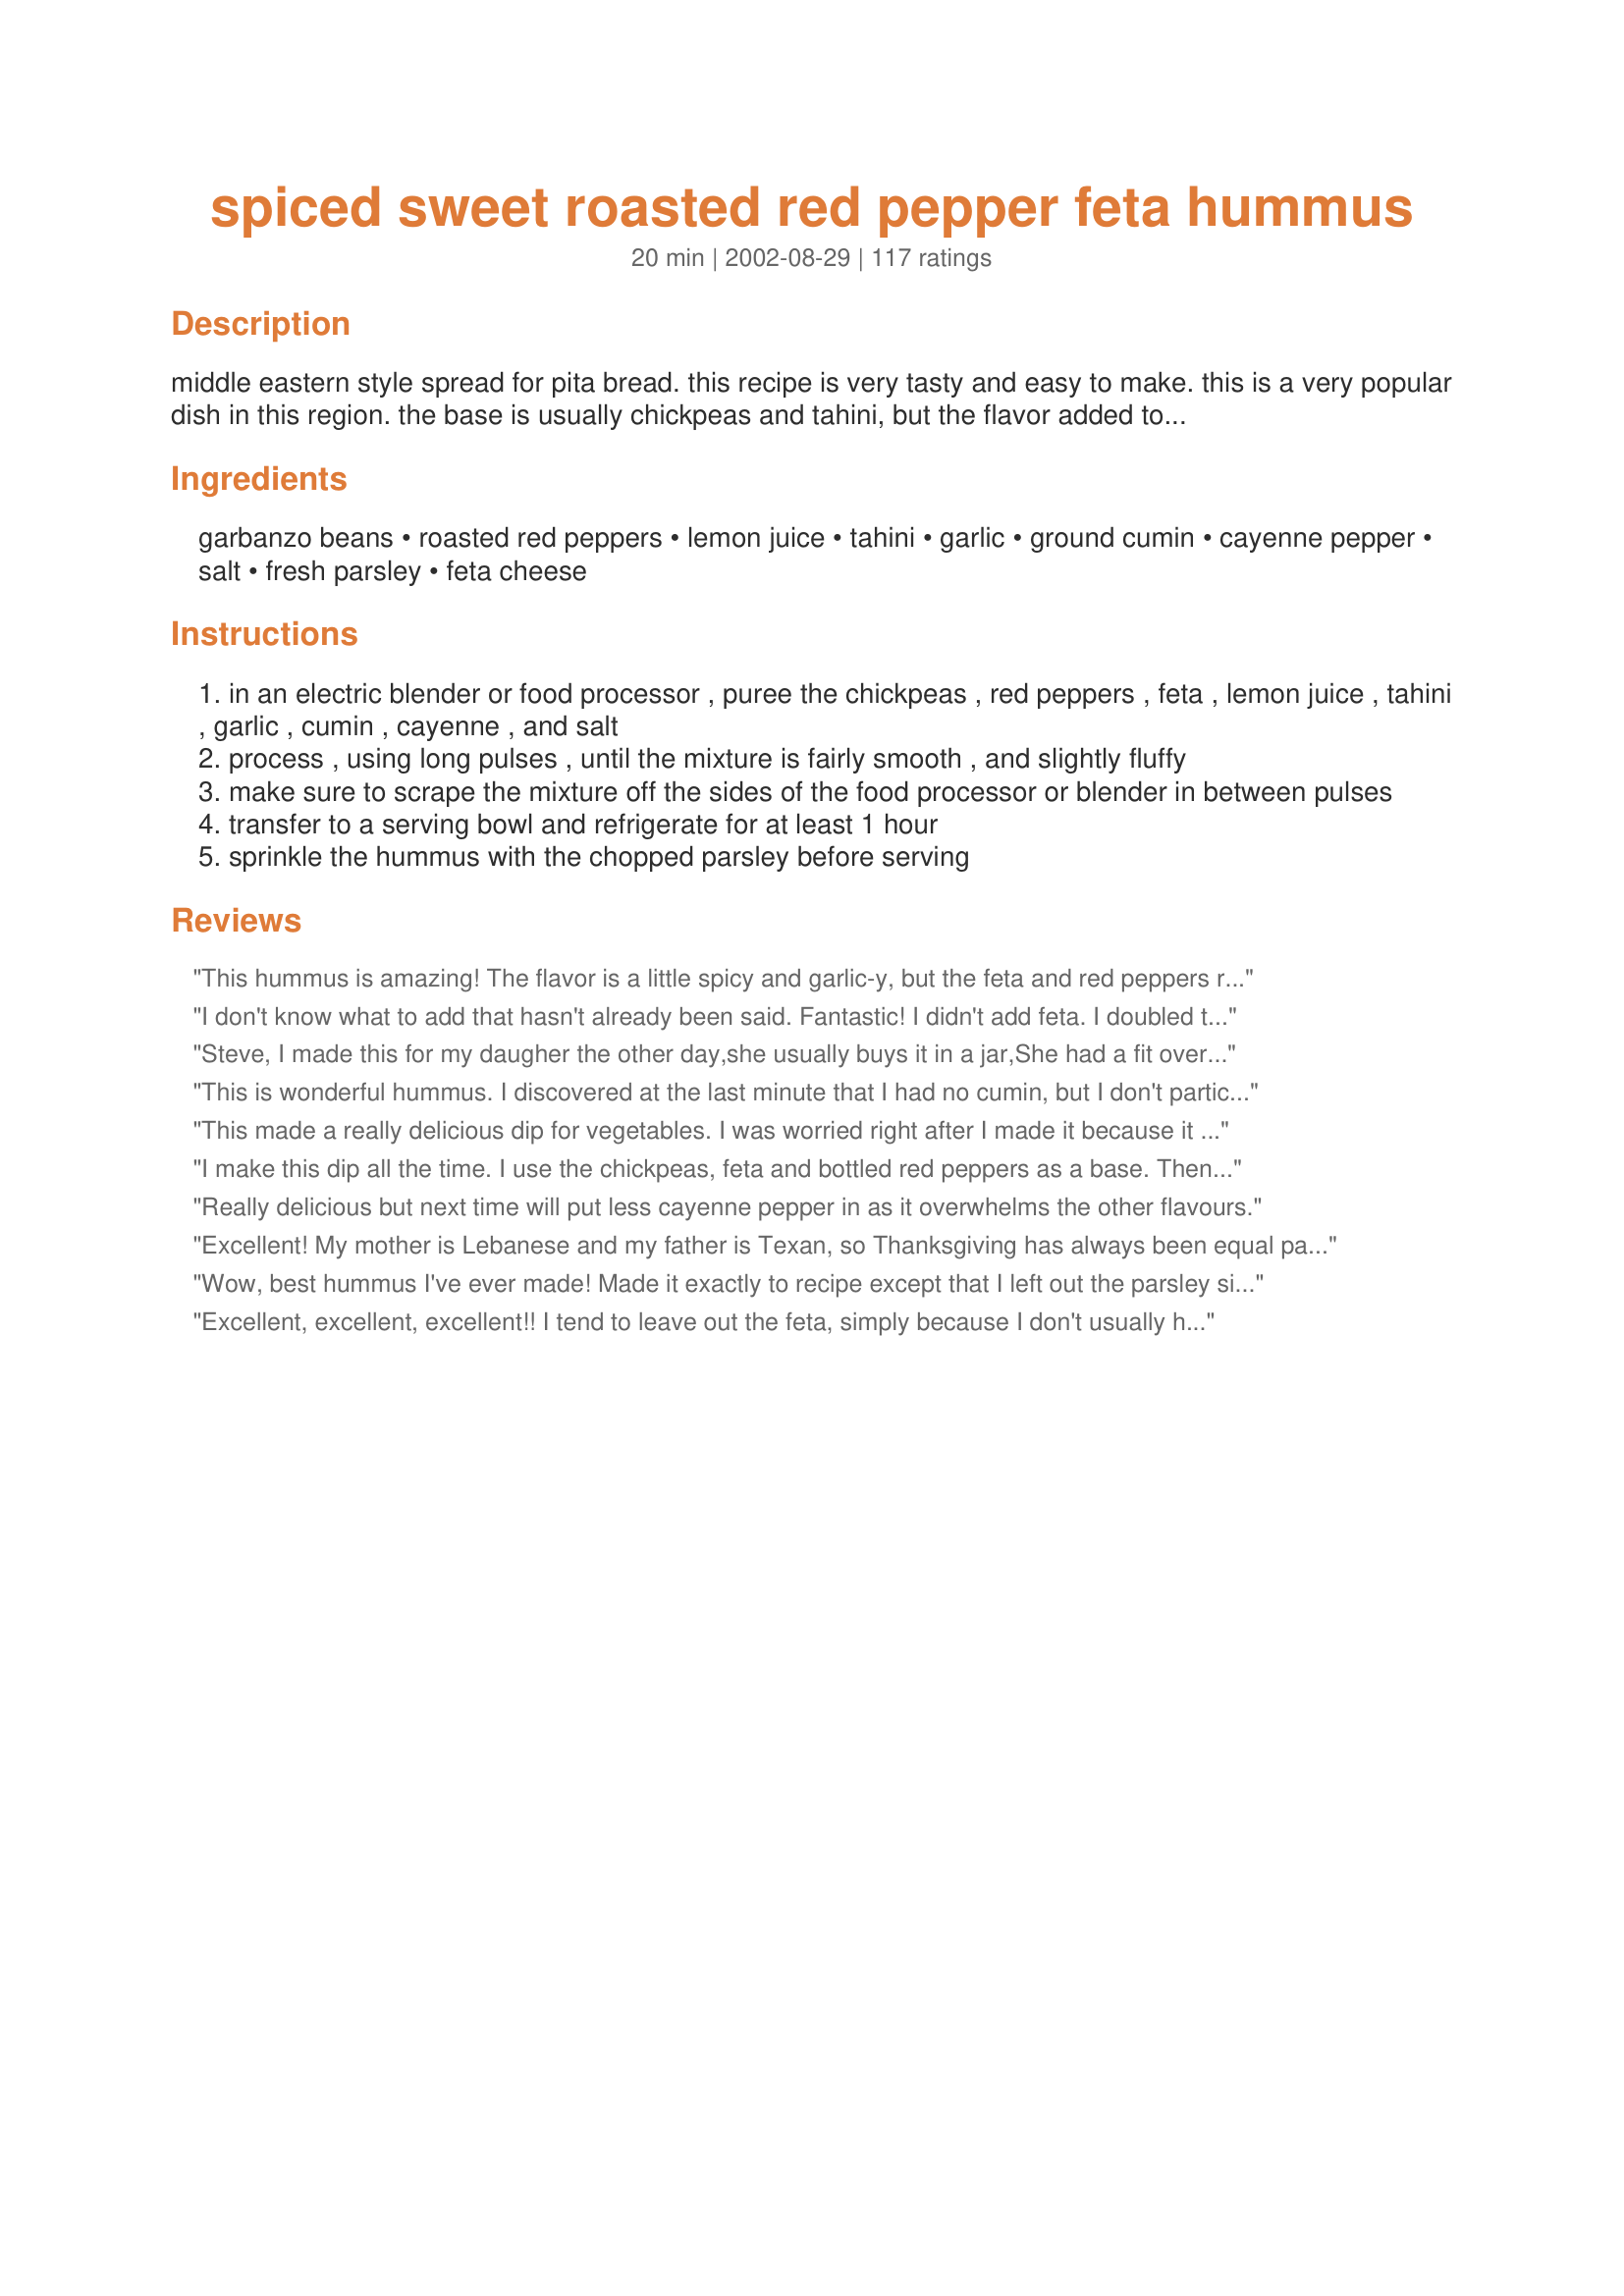
spiced sweet roasted red pepper feta hummus
Preparation time: 20 minutes

middle eastern style spread for pita bread. this recipe is very tasty and easy to make. this is a very popular dish in this region. the base is usually chickpeas and tahini, but the flavor added to the base vary widely from one chef to the next. tahini is a sesame paste, you can usually find it in the mediterranean section of your grocery store.

Ingredients:
garbanzo beans, roasted red peppers, lemon juice, tahini, garlic, ground cumin, cayenne pepper, salt, fresh parsley, feta cheese

Steps:
in an electric blender or food processor , puree the chickpeas , red peppers , feta , lemon juice , tahini , garlic , cumin , cayenne , and salt
process , using long pulses , until the mixture is fairly smooth , and slightly fluffy
make sure to scrape the mixture off the sides of the food processor or blender in between pulses
transfer to a serving bowl and refrigerate for at least 1 hour
sprinkle the hummus with the chopped parsley before serving

Reviews:
This hummus is amazing! The flavor is a little spicy and garlic-y, but the feta and red peppers really stand out. If you're looking for a traditional hummus with a lot of chickpea flavor, this isn't it. But for me it was great!! Worked really well as a spread on sandwiches too! I'll never get store-bought hummus again.
I don't know what to add that hasn't already been said. Fantastic! I didn't add feta. I doubled the recipe but not the lemon juice. I roasted my own red peppers. I had to ration it out so that there will be some left for me!!!
Steve,
 I made this for my daugher the other day,she usually buys it in a jar,She had a fit over it,Said it was Great!!
I am not a fan of Hummus,but she sure loves it,I will make it for her again,It is very easy to make.Paula thanks you for this Great Recipe.Me Too.
Darlene Summers
This is wonderful hummus. I discovered at the last minute that I had no cumin, but I don't particularly like it so I didn't miss it at all. I also used a little of the juice from the chickpeas to smooth it out a little and help my blender along. This is such a great snack with store bought or homemade whole wheat pitas. Thanks for helping me make it at home instead driving to the store across town to buy the yucky store-bought stuff!
This made a really delicious dip for vegetables. I was worried right after I made it because it was very thin and a bit runny, but it firmed up very nicely by dinner time six hours later.
I make this dip all the time. I use the chickpeas, feta and bottled red peppers as a base. Then, I add what I have (salad dressing, lime juice, etc.). All of the other ingredients add something special but are not a deal breaker. It makes a great dip for sliced fresh vegetables (crunchy lettuce, carrots, cucumbers, zucchini, broccoli). I hardly ever get the pita bread. I just use fresh bread or bagels. Even though none of us is a big fan of feta, most of the kids like it (and I LOVE it).
Really delicious but next time will put less cayenne pepper in as it overwhelms the other flavours.
Excellent! My mother is Lebanese and my father is Texan, so Thanksgiving has always been equal parts East-meets-West. This year, my fiance and I had our first Thanksgiving at our new home in Ohio and this was a big hit. We added a couple more pinches of cayenne and a dash of the red pepper juice to add a little more southwestern zing.
Wow, best hummus I've ever made! Made it exactly to recipe except that I left out the parsley since I was out and only used about half the amount of feta. Very tasty!
Excellent, excellent, excellent!! I tend to leave out the feta, simply because I don't usually have it on hand. The taste is identical to what I buy at my local market, and it's SO much more economical to make it myself. Thanks, 1Steve, for a fantastic recipe!
really really good. It was pretty spicy so I might us a little less cayenne next time but I still loved it.
Boy, is this ever good! I made it as is (I did roast my own peppers, however) and, what I didn't eat straight from the bowl by the spoonfuls, I combined with avocado and greens and stuffed in a tandoori naan. Yum, yum, yum!
Quick and easy and so tasty. Made just as written with perfect results. Delicious with kalamata olives. Thanks for sharing!
really yummy, a bit spicy at first, but after sitting the fridge for a day, the flavour is better, and it's not so spicy. I expected to taste the feta a bit more, so maybe next time I'll add more.
one excellent dip, played around with the amount of garlic, cayenne, and feta the few times I've made it. A real hit and crowd pleaser.
Fantastic! I'm going to make it again. I used a 12 oz. jar of peppers, and I also scraped the blakened skin off of before blending
This is the most tasty hummus I've ever had. So wonderful with fresh veggies. I reserved the liquid from the garbanzo beans to add while blending to make a bit more smoothe. Did not have tahini on hand and it still turned out great.
This is a totally excellent recipe! I made 2 subs for my own preference. I used 1/2 head of roasted garlic instead of raw and split the pepper between cayenne and Ancho Chile Pepper powder. &lt;br/&gt;&lt;br/&gt;I agree that this was the best hummus I have ever had (or made)! Thanks, Steve
I can't believe that I haven't rated this yet as I have made this so many times! I just made again for a Christmas church get-together and everyone raved AND asked for the recipe. I love almost all hummus recipes but this one is quite unusual and so very good. Who doesn't like feta cheese and roasted red pepper? Thank you so much for posting such a winner!
This is a pretty yummy dip although I did expect it to be yummier than it is. The real winner for me was that my DH who hates hummus loved this and told me to give it 5 stars. I had to add more lemon and a bit of water and it seemed to me to be lacking something to make it really special. thanks for posting, I'll be making it many more times
BAR NONE.....THE BEST HUMMUS WE'VE EVER TASTED!!!!
I made this for a Pampered Chef party and 3 out of 4 people didn't like it. I followed the directions to a "T." I'm not sure what to recommend to help it, but using less tahini and more garlic (another clover or two) may help, because when I've done that with other hummus recipes, everyone raves.
Awesome - rave reviews at work Hallowe'en nite. Emailing the recipe pronto to co-workers
Made this today (Thurs.) to take to a get together on Saturday, will probabley have to make another one befor Sat.I love Hummus and I love Red pepper dip, so this is a keeper in this house.
I found it very easy to make, next time Imay cut back a little on the cayenne if i'm making it for a variety of people. I love hot but I know some of my friends don't, but its an excellent recipe.
Thank you.
My teenage son has made this several times for get-togethers with friends. It's fast, easy and the wonderful flavor hands-down beats any of the pricey gourmet offerings at the grocery. Everyone raves about it, which makes him very happy!
This is really good! It tastes even better after a week or so to let the flavors develop. Wow, I wish I hadn't eaten all of it. I'm craving some more now. WILL MAKE IT AGAIN!
This really is a great recipe. Everytime I make this I get several compliments.
I've made a few different hummus recipes in the past, generally with good results. This one is hands-down the best, though. The subtle combination of all the different flavors is awesome. I added a little fresh parsley, basil and oregano to the food processor, and I used only half of the recommended amount of cayenne -- it was plenty spicy. I also roasted my own bell pepper and put in about a tablespoon of olive oil.
This is a great vegetarian appetizer. I never have roasted red peppers in a jar, so I just slice up 1 red pepper, drizzle with olive oil and pop it in the toaster oven to bake instead. I also use twice the garlic and leave out the feta. Also, I drizzle some olive oil over before serving - it looks good, and adds some moisture to the hummus. This is such a healthy snack and everyone always finishes the bowl.
This was an excellent hummus. Very flavorful, and very easy to prepare. I brought it to a dinner party last night, seved with toasted bagel chips, and received many compliments. I thought the proportions of cayenne and cumin were perfect and did not find it to be very spicy. However, a few people commented (positively) on the spiciness, which I really hadn't noticed, so if you are serving guests with a sensitive palate, you might want to cut back a little on the cayenne. I, however, will continue making it as posted. Thanks for a keeper, Steve!
This hummus is legit!! First time making it and it came out awesome will totally make again!
What a great hummus recipe! I made this for a Halloween Party I am going to and the color is perfect! Going to serve with some Whole Wheat Pita Chips....Love it!
This is quick and tastes great.
&quot;No more boring ol&#039; store bought hummus for me. This one blows them all out of the water. I will admit if you don&#039;t like it spicy you should cut down the cayenne a little bit but either way it is amazing. Thanks!!!&quot;
WOW! I love when something healthy has such huge flavor. This is such a great way to spice up a platter of veggies, and it's a great replacement for guacamole (I had some on tortilla chips and it was awesome!). Thanks for posting - I will make this many times! :-)
Loved this hummus. I used freshly cooked garbanzo beans and freshly roasted red peppers. Wow! great flavor. Served with freshly made Recipe #17977, Recipe #225125, and Recipe #72814.
Mixed this all together and made in batches with my faux "magic bullet." I have never made hummus before and I am sold! Would give more stars if I could!
This was fantastic. I served it with homemade garlic pita toasts, and everyone at my house loved it. What's great about this hummus, is that there is no oil being used, which is rare. Thank you for sharing this wonderful recipe.
Super easy and yummy. I used peanutbutter instead of tahini. Worked great. Thanks for posting.
First time making hummus. Delish! I did use Tahini substitute also - did not have a jar of roasted red pepper so I subbed minced red pepper and some sun-dried tomatoes. Thanks so much!
Delicious! I had to make a few substitutions - I didn't have tahini so I subbed 3 parts creamy peanut butter and 1 part sesame oil. Also didn't have cayenne pepper so I used red pepper flakes. I ended up chopping the parsley and mixing in with the rest of the ingredients. Soooo fabulous! I've been eating it with everything from veggies, pita bread, pretzel sticks..... whatever I can get my hands on.
Simply the best hummus I&#039;ve tried. Keep this one. It&#039;s spoon licking good!
I don&#039;t know where you got this recipe but this is not an original Turkish food. It doesn&#039;t mean of you find this food somewhere in Turkey that this is Turkish Food. Besides, in Turkey there are several cultures and those have their own traditional foods. Try to learn more about what is a real Turkish food.
This is excellent. It has a kick to it which makes it an excellent 'adult' hummus but not so great for preschoolers. ;)
Very easy to make and it tasted wonderful! I made it to take to a Christmas get-together at work and didn't bring very much back home. I intend to make this more often just to have at home.
ABSOLUTELY AMAZING!!! Followed the recipe to a T. I made it the night before and served it with pita bread. To re-moist I drizzled a little olive oil. Feta cheese was fresh from my local Mediterranean store, and for peppers I used Rao's Homemade Sun Dried Peppers - bought it in Kings, pretty expensive $8.99 for a 10 oz jar but well worth it. The colour, texture and taste was great. Definitely recommend it for an appetizer, any Middle Eastern/Mediterranean themed get together and as a source of protein if you are on a weight loss program. I don't recommend using fat free feta, wouldn't work well with the taste and texture factures. Steve1 thank you loads for a great recipe!!!!
Very very good. Almost everyone who tried this really loved it. I made it the first time and I think it was a little strong on the cumin, so when I made it for a party I doubled it and ended up using about 3/4 teaspoon cumin and about about 3/4 teaspoon cayenne (instead of using a full teaspoon of each as it would have been if I doubled it.) Turned out perfect. You may need a little more lemon juice to get the consistency you want as the feta seems to thicken it up quite a bit. Overall it is a great taste. Thanks for the recipe.
Excellent! Made without feta because we're vegan and I didn't feel like making fake feta.
Great stuff!!!!
This is a great recipe. It has become a staple in my refrigerator. We used to always buy hummus and boy is it expensive. I got a food processor for Christmas and said fooey on paying all that money for prepared hummus. I found this recipe and we are hooked. It takes about five minutes to fix if you have a food processor. The longest part of preparation is pulling the ingredients off of your shelf, opening the cans and measuring. The food processor whips it together in just a couple of minutes. Thanks!!!
Fantabulous! Didn't realize Garbanzo beans and Chickpeas are the same thing. I added a tbsp of crushed red pepper flakes for some heat.
I needed to make a few substitutions: dry parsley flakes (1 tsp.) instead of fresh parsley; gorgonzola cheese instead of feta. This was AWESOME!!! Even hubby who doesn't like Hummus said it was great! I might cut back a bit on the cayenne - personal preference. Thanks for a keeper!
Amazing! So much better than any other hummus recipe. I like to leave a few chunks in mine for a bit of texture.
I thought that this hummus was great! I like my dips spicy, so next time, I think I may add a bit more cayenne pepper.
I'm not usually a big hummus fan but decided to try this recipe out for a potluck - it's the best hummus I've ever eaten! Even my kids took some to school for snacktime and my husband has laid claim to some for work tonight. It's a good thing we made a double batch! The only thing I might change next time would be to increase the amount of cayenne but that's only because we like spicy food (it does have a mild heat as is).
Oh man! I will be making this one again and again.

What wonderful texture and taste - the cayenne and garlic give it a great bite and the roasted bell pepper contrasts it with just a hint of sweetness. Scooped with some toasted whole wheat pita triangles and you've got a winner. Thanks Steve! :)
Umm.. this was delicious, I should know, I think I ate the entire dip myself! It is fantastic with some toasted pieces of pita bread. Ah so good! Thanks for posting 1steve
OH MAN!!!!!! This is GOOOOD!!!!! I will be making this from now till the end of TIME! Thanks for a yummmy recipe 1Steve.
Excellent! And two other colleagues who tried it thought the same.
This is just incredible. I didn't add any feta as we didn't have any in the house and roasted one large red pepper that we added in place of the jarred red peppers. We all loved it and our 3 year old who loves hummus, said this was her favorite ever, I have to agree.
This is amazing-better than store bought. I roasted my own red peppers and the flavor was perfect, thank you!
I am not a fan hummus. But THIS was good! Tasted like nacho cheese dip to me, pretty spicy.
This hummus is SO good. I put it out at a bridal shower with a lot of people who are not so into ethnic food, you could say. Even so, people who tried it loved it. I always leave out the cheese to make it vegan and it still tastes great.
I made this several days in advance for a halloween party (I thought the color would work well, which it did!) Everyone commented on how very good the flavors all worked so well together. We loved it and will be using is as a good stand by hummus recipe from now own.
If you like hummus, this is a really good recipe.
Very tasty, unique, and had a tiny bit of bite but not enough to eclipse the flavor of the beans and tahini.
wow ! what a find! this was the hit of the pot luck party. people spread this even on their sandwiches. i serves it with Pita bread. I would not change a thing with this receipe
in 1 hour it was all gone. Thank you !
divine! it was gone WITHIN THE DAY! i thinned mine a bit with a splash of broth and a few teaspoons of greek yogurt. i have tried LITERALLY every store-bought hummus on the shelves. this recipe blows them all faaaar out of the water. thank you, so much!
Steve, thanks so much for this recipe! I hope it won't upset you, but I didn't have any feta, and just couldn't wait to have this, so I left it out. I added a splash of lime juice, and oh my God, it's fantastic even without the feta! I wanted to say that in case someone wanted to make it and didn't have the cheese on hand. What a fresh, delicious flavor. And how easy is it to just toss it all in the blender? Thanks again for sharing it, Steve, it's perfect. :)
I couldn't find tahini anywhere, so I added peanut butter instead. Probably could have gone without it altogether. Also had to substitute hot sauce (1/2 to 1 tsp to taste) for the cayenne, as I didn't have any. This is a WONDERFUL hummus, and I will make it again and again! It was equally delicious a week after I made it! Just love that hostess-saver, the make-ahead component! Thanks for a classic keeper, 1Steve!
I make this ALL the time. Yesterday I saw a woman in the grocery store in the "hummus" section and wanted so badly to share this recipe with her. To free her from having to buy expensive, low quality hummus!
SOOOO DELICIOUS! This is my second time making hummus and this recipe was amazing! I loved it with the pita chips and it tasted fine without the feta cheese as Buglet's Mom mentioned. Will make again. I'm so excited to add this to my personal favs!
So, so, so, so good! Just the right amount of kick. I added a small amount of olive oil as I was processing everything to thin out the consistency.
I made a batch tonight, thinking that I would eat it later or tomorrow with some tortilla chips. As soon as I made it and my husband and I tasted it, we ate it right away! All of it! The only thing I changed was I added a little salt, olive oil, and replaced the tahini with sesame seed oil. Best recipe for roasted red pepper hummus ever! My only regret was not making a triple batch!
Great taste, easy to make, and ever so popular. Store brought hunmmus, does'nt even come close. Love the addition and taste of Feta cheese
I made this using my blender, so it took a little longer. I gradually added about a third cup of the chickpea brine to get a good consistency. It got rave reviews!
I've had this in my cookbook forever, and now I wonder why it took me so long to make it. This is great, as I always have these ingredients in my fridge or pantry, so I will be making this hommus+ dip again and again.
Excellent, didn't change anything. Made it exactly to directions.
I made it for friends going on a long road trip, so it was perfect to snack on. Sent some veggies and (to make it simple pita chips). Easy and great!
Definitely make this again. I've made my own in the past, but this was just a nice combination of flavors.
Thx again, Kim
I really LOVED this! I'll be making tons of this great dip. Thanks so much for posting.
I made this as an appetizer for a Mediteranean-themed dinner party and everyone just raved about it. The perfect combination of creaminess, tangy-ness and full rich flavour with just a bit of bite.
Yum yum YUM! Used this in #35625 "Layered Hummus Dip" and it came out FABULOUS! Thanks!
Thanks for a great recipe Steve. A friend made it and gave us a sample. Will have to make a batch of my own very soon.
Loved it!! I only had sun-dried red peppers on hand but other than that followed recipe 100%. Will make this often, a nice change from regular hummus....and a beautiful color.
Excellent. Usually I prefer the plain chickpea, tahini, garlic and lemon hummus. This lovely recipe retains the bright flavour of the plainer version, but with added depth and complexity. I used fresh cooked chickpeas and home roasted peppers. I also replaced the cayenne with a squeeze of harissa from the tube as it's flavour seems to blend in quicker, while cayenne benefits from a bit of standing time, which I didn't have. Liked by all I have fed it to, including those who don't usually enjoy feta. Thank you 1Steve.
This was awesome. You can really taste the cheese. Watch how much cayenne you add. I tend to go by shakes rather than spoons, and it gets hot pretty fast, and we like spicy food. I forgot to get pitas, so I just used Wheat Thins, Triscuits, and carrots.
What a great recipe! I just finished making it and and it is fabulous. I did cut back on the cayenne because my two-year old loves hummus and I didn't want it to be too spicy for her to enjoy, and it came out perfectly. There is a little bit of a bite, but not too hot. As soon as she tasted it she asked me to give her some more, 'in a bowl with a spoon'! Clearly, it was a hit. I also added just a little more lemon juice to thin out the texture just a little and give it a little more kick, but that is just a personal preference. Thanks for a great recipe!
Geat recipe!!! I have learned to also add about a tablespoon or so of plain yogurt to the recipe as sometimes it is too thick, especially right out of the fridge.
I love this! I finally broke down and bought a bottle of tahini; I always balked at the cost considering I'd use so little of it for homemade hummus. But I now see it is worth the price because I will make this OFTEN! I'm making my second batch tonight! I only used 1/4 tsp cayenne because I don't like things too hot. Thank you for posting; I've been using it on my turkey sandwiches with lettuce!
Will never buy store-bought hummus ever again. If I could give it 10 stars, I would. The second time I made this, I left out the feta to cut out some fat and it tasted just as wonderful.
Truly a five star recipe! I have tried many hummus recipes, and this has become the favorite in my home! I leave out the cayenne (boyfriend does not like spicy foods), but otherwise follow the recipe to a T. This is perfection, try it now! Thanks for sharing!
We loved this and wished we had made a double batch. I think that next time I make it I will use a little less lemon juice because I think the feta and lemon juice make it a little too tangy. It was still great and look forward to trying it with fresh parsley instead of dried. Thanks for a keeper that we will be making again and again.
I doubled this for a small gathering of friends, thinking I'd have leftovers. Instead, seven of us huddled around the bowl and DEMOLISHED it. One of my friend's exact words: "Oh my god! This is BEST dip thing EVER!" (Served with Recipe #51116, by the way... also delicious!) Thank you for this!
DH loved this. Made homemade pita chips in the T-fal Actifry. Awesome!
So this wasn't bad, but I can't say it's great. Perhaps I'm a bit biased since I really prefer real Middle Eastern, Arab style hummus and this is more of a Greek flavor, and not the best I've had at that. So it's okay...a nice dip, but I wouldn't say it's a great hummus.
The best hummus I have EVER made in my life! A LITTLE bit of kick and tons of flavor.
Easy to make and tastes terrific.
We didn't have any feta in the house and substituted gorgonzola cheese. Wow ... nice flavor.
Very good! I didn't have any Tahini paste so I just put a tablespoon of toasted sesame oil in instead. I think it worked just fine. Thanks for posting!
I thought this was a great hummus. It took some searching to find the roasted red peppers. I finally found them near the olives and pickles. I added extra cayenne but that made it almost too spicy. I think this will make a great party dip! Can't wait to make it for more than just hubby and me. I love it that it's a gourmet sounding dish that's sooo easy.
Wow!!! This is a great combination of flavors!!!! I drained my peppers (I used pickled type) and ended up adding a little more lemon juice. I think I should have put the peppers in without draining. Then DH added some Frank&#039;s Hot sauce and they were both great additions. We are heading to SD for Thanksgiving and this will be among the goodies that go with :) Thanks for sharing!!! This will definitely be one of my favorite go to&#039;s for &quot;Bring to share&quot; gatherings!!!!
Just a divine dip. I liked the garlic and heat from the cayenne pepper. It was nice and spicy but not to hot. I blended this in the electric blender; therefore it took me a little longer to make. Next time, and there will definitely be a next time, I will blend this little treasure in the food processor. By the way, I took this to work for a morning tea and my fellow staff members thought I had bought the dip from a deli because it tasted so good. Thanks for posting.
I love the spicy finish on this hummus. As far as I am concerned, the mix of flavours is perfect. However, if you are not a fan of spicy food, you may want to reduce the cayenne pepper. Since trying this recipe, I have tried two other hummus recipes with roasted red pepper- this one is the best by far.
This was great! I followed the recipe exactly and made it in my Magic Bullet. The amount of ingredients fit PERFECTLY into the tall cup. I ended up adding more minced garlic than the recipe calls for, but that's just a personal preference. Thanks for such an easy delicious recipe!
I remember that I was not very impressed the first time I tried hummus. Perhaps I would have been if this is what I had been served. I love this recipe. Yum. Yum. Yum. I have made it several times in the last month. Gone are the days of my youth when I munched on a processed food snack like Doritos. This with tortilla chips is my new favorite snack. One more step into adult food world. Thanks!
Excellent recipe
My first attempt at homemade hummus and I'm sold. Can't wait to make it for friends. I did use Tahini substitute (peanut butter and sesame oil) with great results. Thanks for posting. Update: Have made several times, but just made it without the cheese and I believe it was just as good without the extra calories and expense.
Excellent! Took it to work and everyone that liked hummus said it was the best they ever tasted. The recipe went to everyone.
Wonderful recipe! Great flavor and so easy! I used to like the store bought hummus, but not any more - this is so much better.
Other than decreasing the amount of cayenne by more than half, I followed the recipe exactly. Great flavor with a nice contrast between the sweetness of the pepper and saltiness of the feta.
Just made this- excellent flavor! I agree with Jess 96 on the cayenne pepper. I loved the spice but I only used about half the amt since some of the people I was serving it to prefer things mild. Will make this again- thank you!
Delicious and easy to make. I had this for lunch and dipped celery sticks, carrots and whole wheat pita bread in it. Great blend of flavors--and I love the heat from the cayenne pepper!
Just like everyone else, I LOVED this hummus. I cut the cayenne in half because I was scared and it worked out well for me. I used a little of the juice from the red peppers to help my food processor. Yum yum yum!
I liked the addition of the feta cheese. I doubled the garlic and cumin because this is the way I like it. I found the roasted red peppers added a slightly different twist which was very pleasant. This has a very good taste.
This recipe made me sign in so I could write a review!!!!! I have been looking for a red pepper hummus ever since eating at Brixx Pizza in Greensboro, NC. This is awesome.Theirs is good, I think this is better. I followed the recipe but did cut the cayenne back to 1/8 tsp. (I am a whimp).<br/>Thanks for the recipe, I will be making this again. By the way, I don't even like hummus. But I LOVE this.
This is a great recipe. BF normally hates hummus but couldn't get enough of this! Will definately be making again. Thank you!!
So so good! Tastes just like the roasted red pepper hummus I buy in the store. I did omit the feta cheese because of a dairy allergy - but I don't think it made much of a difference. In fact I'm not sure I would put the cheese in any way - it is so good! Thank you for the recipe, I'll be make this again and again.
Amazing! Great combination of flavors.
Love this hummus. I had everything on hand and it took about 5 minutes to throw together. 
After allowing the dip to sit in the fridge for a few hours the flavours came together wonderfully. A definite keeper for our family. Thanks Steve :)
